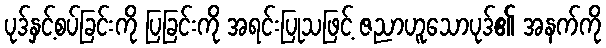
ပုဒ်နှင့်စပ်ခြင်းကို ပြခြင်းကို အရင်းပြုသဖြင့် ဇညာဟူသောပုဒ်၏ အနက်ကို